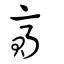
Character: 齎